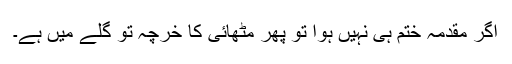
اگر مقدمہ ختم ہی نہیں ہوا تو پھر مٹھائی کا خرچہ تو گلے میں ہے۔